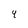
Character: 4